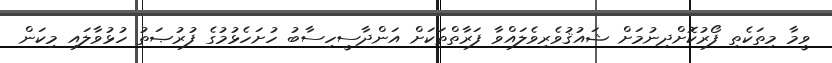
ވީމާ މިތަކެތި ފޯރުކޮށްދިނުމަށް ޝައުޤުވެރިވެލައްވާ ފަރާތްތަކަށް އަންދާސީހިސާބު ހުށަހެޅުމުގެ ފުރުޞަތު ހުޅުވާލައި މިކަން